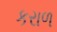
કરાળ